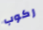
ركوب